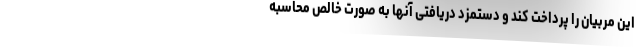
این مربیان را پرداخت کند و دستمزد دریافتی آنها به صورت خالص محاسبه